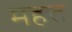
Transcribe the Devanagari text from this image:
महत्त